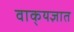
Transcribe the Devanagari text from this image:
वाक्‌यज्ञात